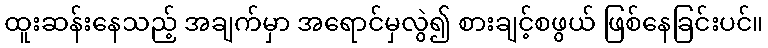
ထူးဆန်းနေသည့် အချက်မှာ အရောင်မှလွဲ၍ စားချင့်စဖွယ် ဖြစ်နေခြင်းပင်။